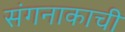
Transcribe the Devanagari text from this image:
संगनाकाची